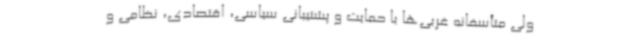
ولی متأسفانه غربی‌ها با حمایت و پشتیبانی سیاسی، اقتصادی، نظامی و